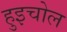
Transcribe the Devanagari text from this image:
हुइचोल